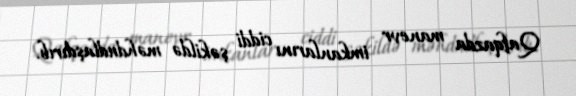
Qafqazda manevr imkanlarını ciddi şəkildə məhdudlaşdırıb.